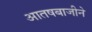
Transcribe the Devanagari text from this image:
आतषबाजीने